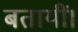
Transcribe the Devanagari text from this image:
बतायीं।